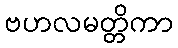
ဗဟလမတ္တိကာ